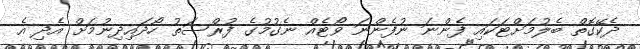
ދެކޭގޮތް ބެލުމަށްޓަކައި ފެންނަ ނުފެންނަ ވޯޓެއް ނެގުމުގެ ފުރްސަތު ހޯދައިދިނުމަށް އެދި އެ